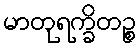
မာတုရက္ခိတဉ္စ